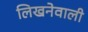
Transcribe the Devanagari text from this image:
लिखनेवाली